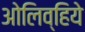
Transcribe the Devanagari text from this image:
ओलिव्हिये